Madras plague regulations in force outside the Presidency town - Volume 2
Disease focus: Plague
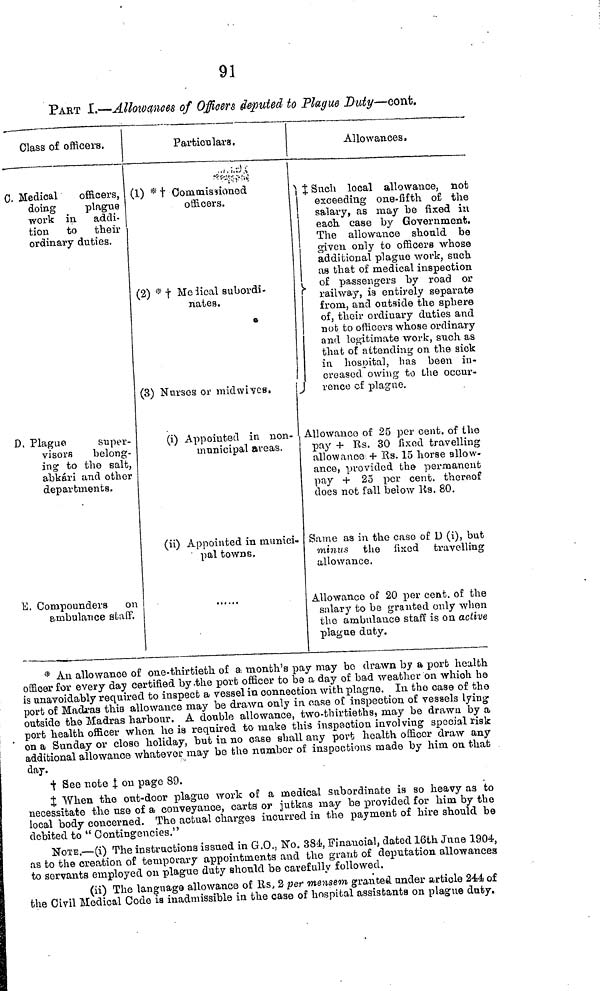
91
PART I.—Allowances of Officers deputed to Plague Duty—cont.
Class of officers.
C. Medical
officers,
doing
plague
work in addi-
tion to their
ordinaiy duties.
D, Plague
super-
visors belong-
ing to the salt,
abkári and other
departments.
E. Compounders on
ambulance staff.
Particulars.
1) * † Commissioned
officers.
(2) * † Medical subordi-
nates»
(3) Nurses or midwivcs.
(i) Appointed in non-
municipal areas.
(ii) Appointed in munici-
pal towns,
Allowances.
† Such local allowance, not
exceeding one-fifth of the
salary, as may be fixed in
each case by Government.
The allowance should be
given only to officers whose
additional plague work, such
as that of medical inspection
of passengers by road or
railway, is entirely separate
from, and outside the sphere
of, their ordinary duties and
nob to officers whose ordinary
and legitimate work, such as
that of attending on the sick
in hospital, has been in-
creased owing to the occur-
rence of plague.
Allowance of 25 per cent, of the
pay + Rs. 30 fixed travelling
allowance + Rs. 15 horse allow-
ance, provided the permanent
pay + 25 per cent, thereof
does not fall below Rs. 80.
Same as in the case of D (i), but
minus the fixed travelling
allowance.
Allowance of 20 per cent, of the
salary to be granted only when
the ambulance staff is on active
plague duty.
* An allowance of one-thirtieth of a month's pay may bo drawn by a port health
officer for every day certified by the port officer to be a day of bad weather on which he
is unavoidably required to inspect a vessel in connection with plague. In the ease of the
port of Madras this allowance may be drawn only in case of inspection of vessels lying
outside the Madras harbour. A double allowance, two-thirtieths, may be drawn by a
port health officer when he is required to make this inspection involving special risk
on a Sunday or close holiday, but in no case shall any port health officer draw any
additional allowance whatever may be the number of inspections made by him on that
day.
† Sec note ‡ on page 89.
‡ When the out-door plaguo work of a medical subordinate is so heavy as to
necessitate the use of a conveyance, carts or jutkas may be provided for him by the
local body concerned. The actual charges incurred in the payment of hire should be
debited to " Contingencies."
NOTE.—(i) The instructions issued in G.O., No. 384, Financial, dated 16th June 1904,
as to the creation of temporary appointments and the grant of deputation allowances
to servants employed on plague duty should be carefully followed.
(ii) The language allowance of Rs. 2 per mensem granted under article 244 of
the Civil Medical Code is in admissible in the case of hospital assistants on plague duty.